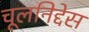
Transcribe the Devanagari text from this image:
चूलनिद्देस